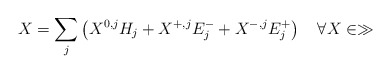
\begin{align*}X=\sum_j\left(X^{0,j}H_j+ X^{+,j}E^-_j + X^{-,j}E^+_j\right)\quad \forall X\in\gg\end{align*}